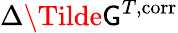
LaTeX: \Delta\Tilde{\mathsf{G}}^{T,\mathrm{{corr}}}